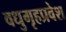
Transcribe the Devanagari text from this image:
वधुगृहप्रवेश